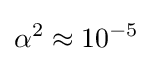
\alpha ^{2}\approx 10^{-5}